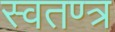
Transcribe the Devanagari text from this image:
स्वतण्त्र